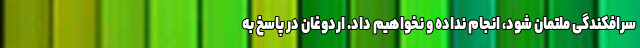
سرافکندگی ملتمان شود، انجام نداده و نخواهیم داد. اردوغان در پاسخ به